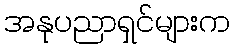
အနုပညာရှင်များက